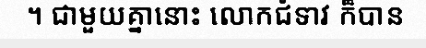
។ ជាមួយគ្នានោះ លោកជំទាវ ក៏បាន